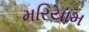
મરિયામ